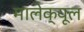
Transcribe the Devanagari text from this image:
मालेक्यूल